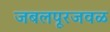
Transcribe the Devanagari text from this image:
जबलपूरजवळ